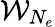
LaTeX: \mathcal{W}_{N_{e}}